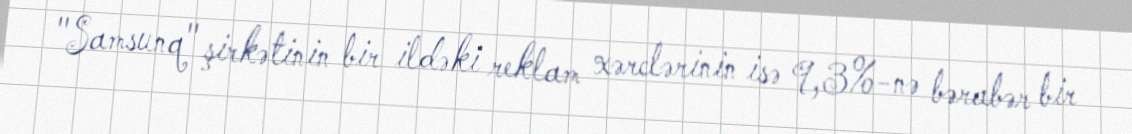
"Samsunq" şirkətinin bir ildəki reklam xərclərinin isə 9,3%-nə bərabər bir